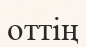
оттің